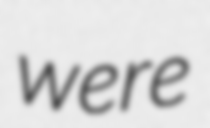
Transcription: were